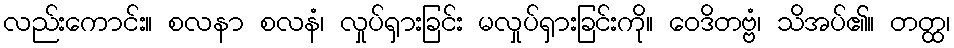
လည်းကောင်း။ စလနာ စလနံ၊ လှုပ်ရှားခြင်း မလှုပ်ရှားခြင်းကို။ ဝေဒိတဗ္ဗံ၊ သိအပ်၏။ တတ္ထ၊